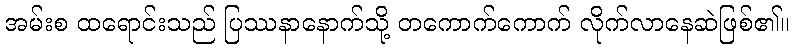
အမ်းစ ထရောင်းသည် ပြဿနာနောက်သို့ တကောက်ကောက် လိုက်လာနေဆဲဖြစ်၏။